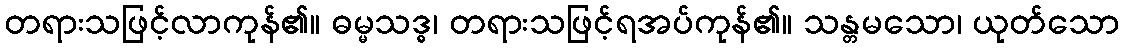
တရားသဖြင့်လာကုန်၏။ ဓမ္မသဒ္ဓ၊ တရားသဖြင့်ရအပ်ကုန်၏။ သန္တမသော၊ ယုတ်သော